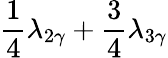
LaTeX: \frac{1}{4}\lambda_{2\gamma}+\frac{3}{4}\lambda_{3\gamma}